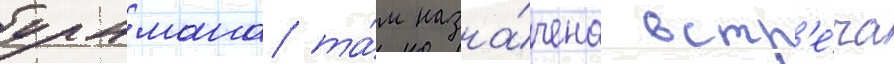
ульмана та́м назна́чена встр'е́ча